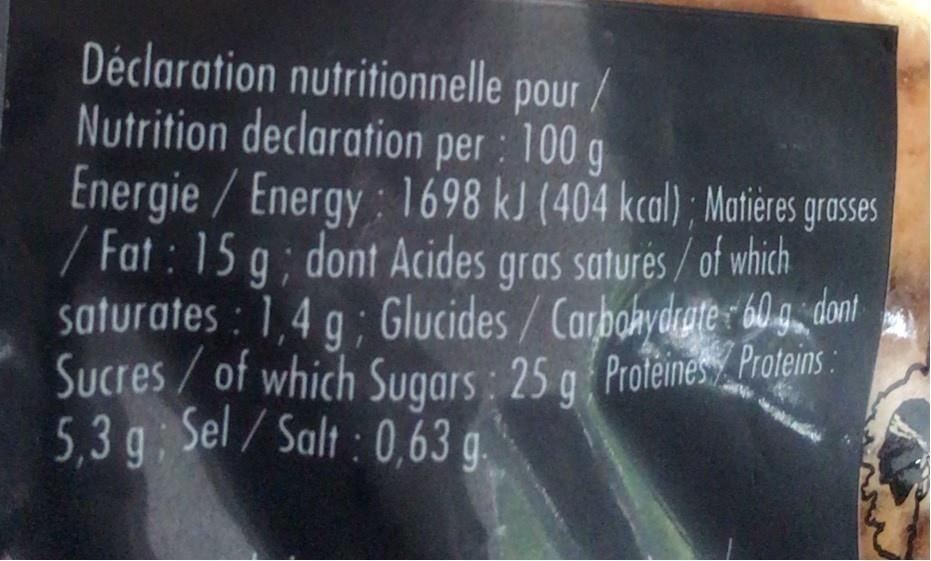
Déclaration nutritionnelle pour / Nutrition declaration per : 100 g Energie / Energy: 1698 kJ (404 kcal); Matières grasses /Fat: 15 g; dont Acides gras saturés/ of which saturates: 1,4 g; Glucides/Carbohydrate Sucres/of which Sugars: 25 g Proteines Proteins 5,3 g Sel/Salt: 0,63 g.
60g dont